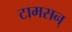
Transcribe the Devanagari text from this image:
टामसन्